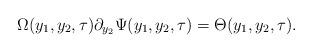
LaTeX: \begin{align*}\Omega (y_{1},y_{2},\tau)\partial _{y_{2}}\Psi (y_{1},y_{2},\tau)=\Theta (y_{1},y_{2},\tau). \end{align*}